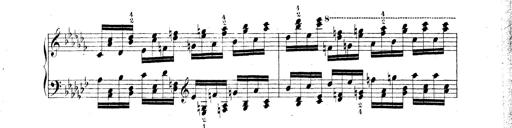
Title: Technische Studien
Composer: Franz Liszt